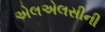
એલએલસીની